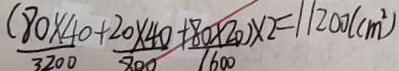
( \frac { 8 0 \times 4 0 } { 3 2 0 0 } + \frac { 2 0 \times 4 0 } { 8 0 0 } + \frac { 8 0 \times 2 0 } { 1 6 0 0 } ) \times 2 = 1 1 2 0 0 ( c m ^ { 2 } )